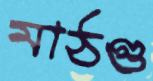
মাঠগু